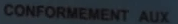
CONFORMEMENT AUX